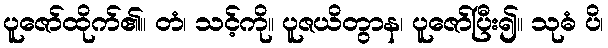
ပူဇော်ထိုက်၏။ တံ၊ သင့်ကို။ ပူဇယိတွာန၊ ပူဇော်ပြီး၍။ သုဓံ ပိ၊